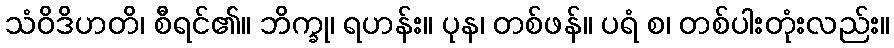
သံဝိဒိဟတိ၊ စီရင်၏။ ဘိက္ခု၊ ရဟန်း။ ပုန၊ တစ်ဖန်။ ပရံ စ၊ တစ်ပါးတုံးလည်း။